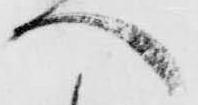
へ